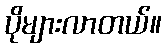
ပိုများလာတယ်။